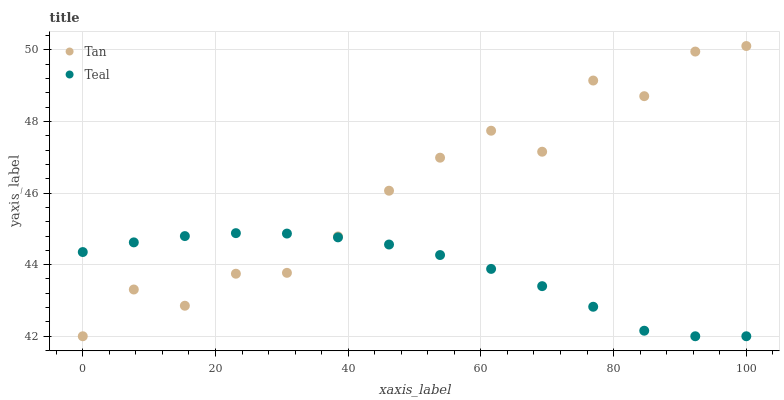
| xaxis_label | Tan | Teal |
 | --- | --- | --- |
 | 0 | 42 | 44.4 |
 | 7.69 | 43.3 | 44.6 |
 | 15.4 | 42.9 | 44.8 |
 | 23.1 | 43.7 | 44.9 |
 | 30.8 | 43.8 | 44.9 |
 | 38.5 | 44.8 | 44.8 |
 | 46.2 | 46.1 | 44.6 |
 | 53.8 | 47 | 44.3 |
 | 61.5 | 47.7 | 43.9 |
 | 69.2 | 47.2 | 43.4 |
 | 76.9 | 49.1 | 42.8 |
 | 84.6 | 48.7 | 42.2 |
 | 92.3 | 50 | 42 |
 | 100 | 50.1 | 42 |